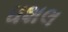
ધશલ